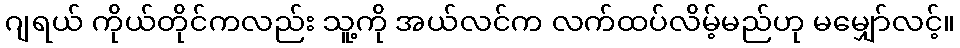
ဂျရယ် ကိုယ်တိုင်ကလည်း သူ့ကို အယ်လင်က လက်ထပ်လိမ့်မည်ဟု မမျှော်လင့်။